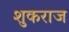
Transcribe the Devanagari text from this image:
शुकराज